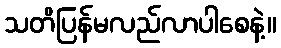
သတိပြန်မလည်လာပါစေနဲ့။